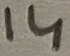
Text: 14